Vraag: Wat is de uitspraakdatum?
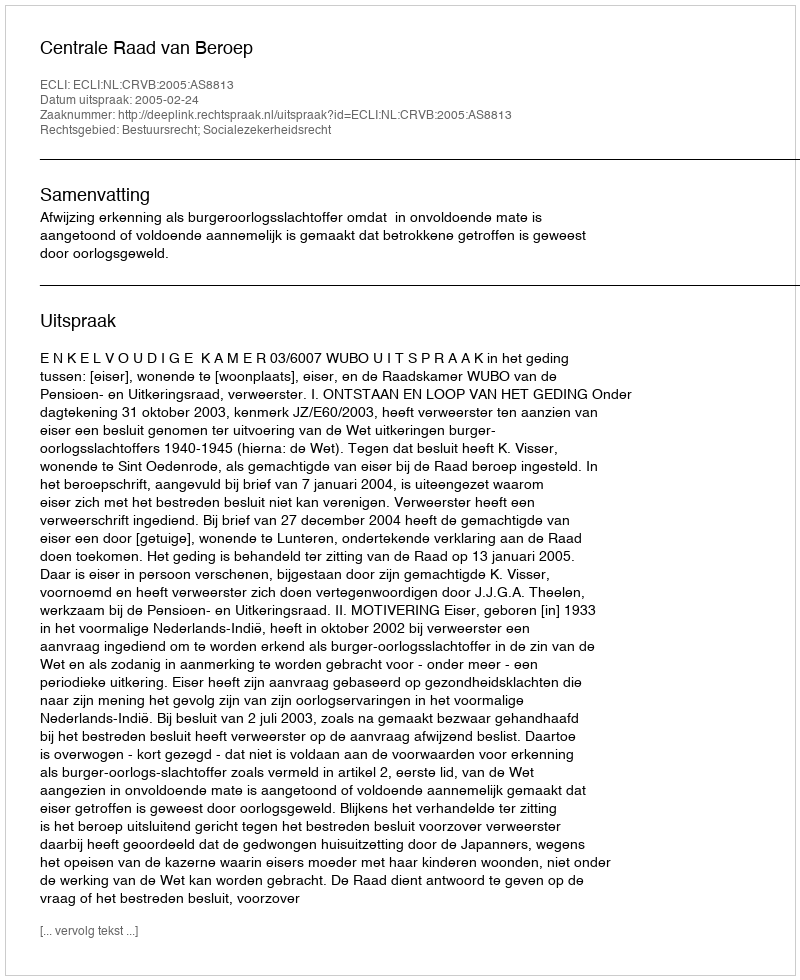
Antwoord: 2005-02-24